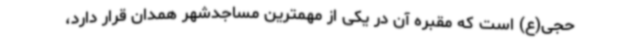
حجی(ع) است که مقبره آن در یکی از مهمترین مساجدشهر همدان قرار دارد،